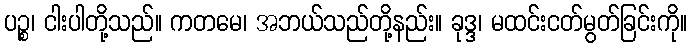
ပဉ္စ၊ ငါးပါတို့သည်။ ကတမေ၊ အဘယ်သည်တို့နည်း။ ခုဒ္ဒ၊ မထင်းငတ်မွတ်ခြင်းကို။